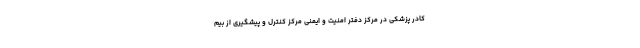
کادر پزشکی در مرکز دفتر امنیت و ایمنی مرکز کنترل و پیشگیری از بیم